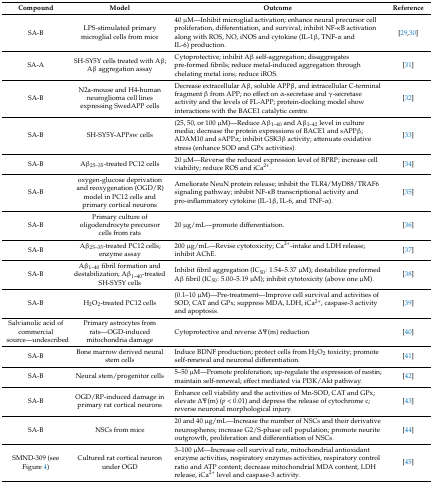
<table><thead><tr><td><b>Compound</b></td><td><b>Model</b></td><td><b>Outcome</b></td><td><b>Reference</b></td></tr></thead><tbody><tr><td>SA-B</td><td>LPS-stimulated primary microglial cells from mice</td><td>40 μM—Inhibit microglial activation; enhance neural precursor cell proliferation, differentiation, and survival; inhibit NF-κB activation along with ROS, NO, iNOS and cytokine (IL-1β, TNF-α and IL-6) production.</td><td>[29,30]</td></tr><tr><td>SA-A</td><td>SH-SY5Y cells treated with Aβ; Aβ aggregation assay</td><td>Cytoprotective; inhibit Aβ self-aggregation; disaggregates pre-formed fibrils; reduce metal-induced aggregation through chelating metal ions; reduce iROS.</td><td>[31]</td></tr><tr><td>SA-B</td><td>N2a-mouse and H4-human neuroglioma cell lines expressing SwedAPP cells</td><td>Decrease extracellular Aβ, soluble APPβ, and intracellular C-terminal fragment β from APP; no effect on α-secretase and γ-secretase activity and the levels of FL-APP; protein-docking model show interactions with the BACE1 catalytic centre.</td><td>[32]</td></tr><tr><td>SA-B</td><td>SH-SY5Y-APPsw cells</td><td>(25, 50, or 100 μM)—Reduce Aβ<sub>1–40</sub> and Aβ<sub>1–42</sub> level in culture media; decrease the protein expressions of BACE1 and sAPPβ; ADAM10 and sAPPα; inhibit GSK3β activity; attenuate oxidative stress (enhance SOD and GPx activities).</td><td>[33]</td></tr><tr><td>SA-B</td><td>Aβ<sub>25–35</sub>-treated PC12 cells</td><td>20 μM—Reverse the reduced expression level of BPRP; increase cell viability; reduce ROS and iCa<sup>2+</sup>.</td><td>[34]</td></tr><tr><td>SA-B</td><td>oxygen-glucose deprivation and reoxygenation (OGD/R) model in PC12 cells and primary cortical neurons</td><td>Ameliorate NeuN protein release; inhibit the TLR4/MyD88/TRAF6 signaling pathway; inhibit NF-κB transcriptional activity and pro-inflammatory cytokine (IL-1β, IL-6, and TNF-α).</td><td>[35]</td></tr><tr><td>SA-B</td><td>Primary culture of oligodendrocyte precursor cells from rats</td><td>20 μg/mL—promote differentiation.</td><td>[36]</td></tr><tr><td>SA-B</td><td>Aβ<sub>25–35</sub>-treated PC12 cells; enzyme assay</td><td>200 μg/mL—Revise cytotoxicity; Ca<sup>2+</sup>-intake and LDH release; inhibit AChE.</td><td>[37]</td></tr><tr><td>SA-B</td><td>Aβ<sub>1–40</sub> fibril formation and destabilization; Aβ<sub>1–40</sub>-treated SH-SY5Y cells</td><td>Inhibit fibril aggregation (IC<sub>50</sub>: 1.54–5.37 μM); destabilize preformed Aβ fibril (IC<sub>50</sub>: 5.00–5.19 μM); inhibit cytotoxicity (above one μM).</td><td>[38]</td></tr><tr><td>SA-B</td><td>H<sub>2</sub>O<sub>2</sub>-treated PC12 cells</td><td>(0.1–10 μM)—Pre-treatment—Improve cell survival and activities of SOD, CAT and GPx; suppress MDA, LDH, iCa<sup>2+</sup>, caspase-3 activity and apoptosis.</td><td>[39]</td></tr><tr><td>Salvianolic acid of commercial source—undescribed</td><td>Primary astrocytes from rats—OGD-induced mitochondria damage</td><td>Cytoprotective and reverse ΔΨ(m) reduction</td><td>[40]</td></tr><tr><td>SA-B</td><td>Bone marrow derived neural stem cells</td><td>Induce BDNF production; protect cells from H<sub>2</sub>O<sub>2</sub> toxicity; promote self-renewal and neuronal differentiation.</td><td>[41]</td></tr><tr><td>SA-B</td><td>Neural stem/progenitor cells</td><td>5–50 μM—Promote proliferation; up-regulate the expression of nestin; maintain self-renewal; effect mediated via PI3K/Akt pathway.</td><td>[42]</td></tr><tr><td>SA-B</td><td>OGD/RP-induced damage in primary rat cortical neurons</td><td>Enhance cell viability and the activities of Mn-SOD, CAT and GPx; elevate ΔΨ(m) (<i>p</i> &lt; 0.01) and depress the release of cytochrome c; reverse neuronal morphological injury.</td><td>[43]</td></tr><tr><td>SA-B</td><td>NSCs from mice</td><td>20 and 40 μg/mL—Increase the number of NSCs and their derivative neurospheres; increase G2/S-phase cell population; promote neurite outgrowth, proliferation and differentiation of NSCs.</td><td>[44]</td></tr><tr><td>SMND-309 (see Figure 4)</td><td>Cultured rat cortical neuron under OGD</td><td>3–100 μM—Increase cell survival rate, mitochondrial antioxidant enzyme activities, respiratory enzymes activities, respiratory control ratio and ATP content; decrease mitochondrial MDA content, LDH release, iCa<sup>2+</sup> level and caspase-3 activity.</td><td>[45]</td></tr></tbody></table>